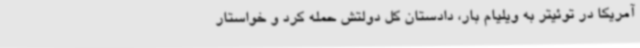
آمریکا در توئیتر به ویلیام بار، دادستان کل دولتش حمله کرد و خواستار